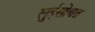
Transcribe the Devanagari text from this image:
लुईसोबत